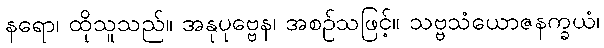
နရော၊ ထိုသူသည်။ အနုပုဗ္ဗေန၊ အစဉ်သဖြင့်။ သဗ္ဗသံယောဇနက္ခယံ၊